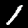
Digit: 1